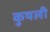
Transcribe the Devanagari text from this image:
कुषली